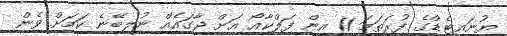
ޔުނައިޓެޑްގެ ފުރަތަމަ 11 އިން ފަލްކާއޯ އަށް ޖާގައެއް ނުލިބޭނެ ކަމަށް ވެން